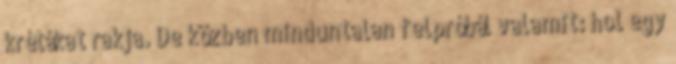
krétákat rakja. De közben minduntalan felpróbál valamit: hol egy